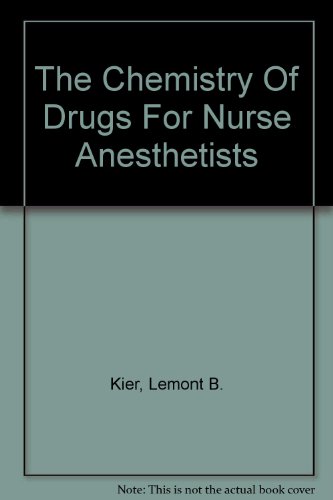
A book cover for The Chemistry Of Drugs For Nurse Anesthetists; Lemont B. Kier; Medical Books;